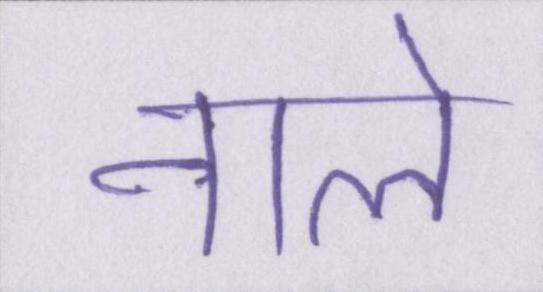
नाले